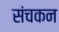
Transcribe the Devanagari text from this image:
संचकन